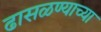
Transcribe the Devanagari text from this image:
ढासळण्याच्या